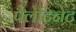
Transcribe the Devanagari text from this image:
पैलेटिनेट